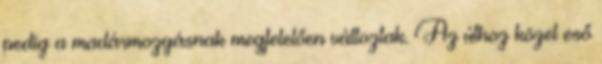
pedig a madármozgásnak megfelelően változtak. Az úthoz közel eső